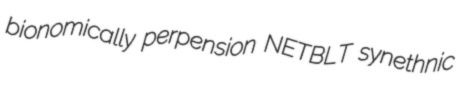
bionomically perpension NETBLT synethnic